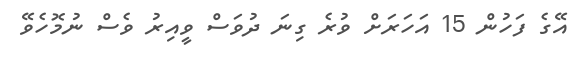
އޭގެ ފަހުން 15 އަހަރަށް ވުރެ ގިނަ ދުވަސް ވީއިރު ވެސް ނުމޮހެވޭ